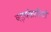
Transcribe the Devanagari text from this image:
षड़यंकारियों